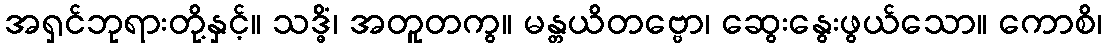
အရှင်ဘုရားတို့နှင့်။ သဒ္ဓိံ၊ အတူတကွ။ မန္တယိတဗ္ဗော၊ ဆွေးနွေးဖွယ်သော။ ကောစိ၊